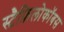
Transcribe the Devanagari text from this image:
स्टैफ़िलोकॉबस